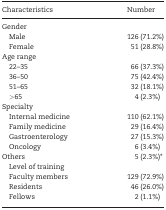
<table><thead><tr><td><b>Characteristics</b></td><td><b>Number</b></td></tr></thead><tbody><tr><td>Gender</td><td></td></tr><tr><td> Male</td><td>126 (71.2%)</td></tr><tr><td> Female</td><td>51 (28.8%)</td></tr><tr><td>Age range</td><td></td></tr><tr><td> 22–35</td><td>66 (37.3%)</td></tr><tr><td> 36–50</td><td>75 (42.4%)</td></tr><tr><td> 51–65</td><td>32 (18.1%)</td></tr><tr><td> &gt;65</td><td>4 (2.3%)</td></tr><tr><td>Specialty</td><td></td></tr><tr><td> Internal medicine</td><td>110 (62.1%)</td></tr><tr><td> Family medicine</td><td>29 (16.4%)</td></tr><tr><td> Gastroenterology</td><td>27 (15.3%)</td></tr><tr><td> Oncology</td><td>6 (3.4%)</td></tr><tr><td>Others</td><td>5 (2.3%)*</td></tr><tr><td> Level of training</td><td></td></tr><tr><td> Faculty members</td><td>129 (72.9%)</td></tr><tr><td> Residents</td><td>46 (26.0%)</td></tr><tr><td> Fellows</td><td>2 (1.1%)</td></tr></tbody></table>